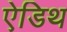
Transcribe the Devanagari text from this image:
ऐडिथ